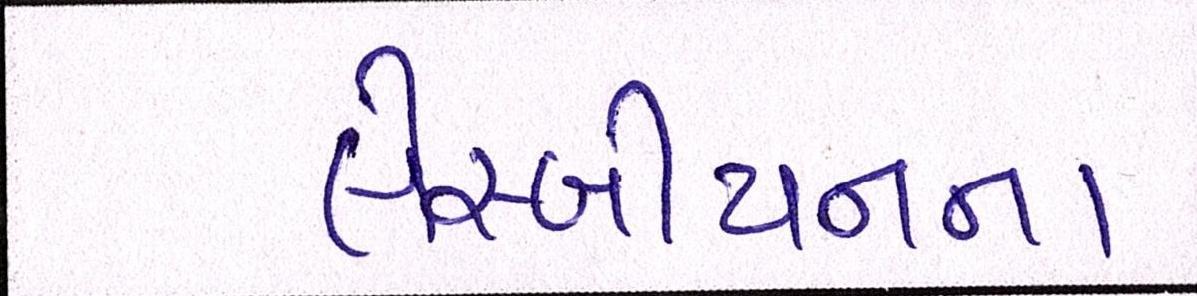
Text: લેસ્બીયનના